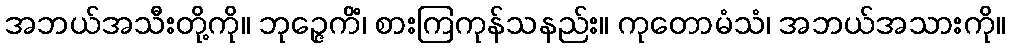
အဘယ်အသီးတို့ကို။ ဘုဉ္ဇေကိံ၊ စားကြကုန်သနည်း။ ကုတောမံသံ၊ အဘယ်အသားကို။